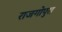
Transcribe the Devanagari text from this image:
राजगोपुरा